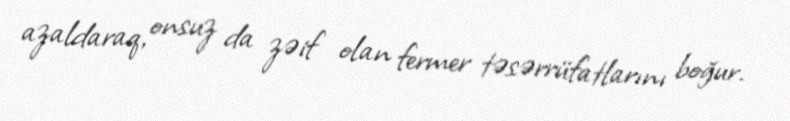
azaldaraq, onsuz da zəif olan fermer təsərrüfatlarını boğur.